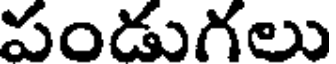
పండుగలు